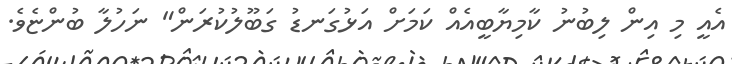
އެއީ މި އިން ލިބުނު ކާމިޔާބީއެއް ކަމަށް އަޅުގަނޑު ގަބޫލުކުރަން" ނަހުލާ ބުންޏެވެ.